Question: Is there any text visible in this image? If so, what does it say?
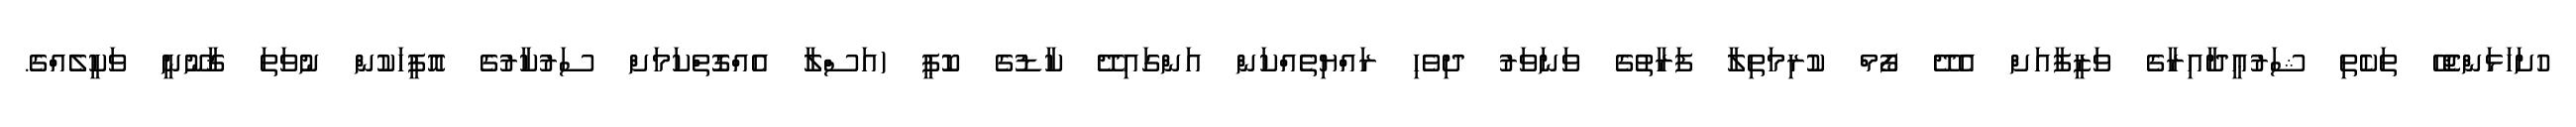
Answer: ހުށަހަޅަންޖެހޭ ތަކެތި ޝަރުޢީދާއިރާގެ ވަޒީފާއަށް އެދޭ ފޯމް ކުރިމަތިލާ ފަރާތުގެ ވަނަވަރު ދިވެހި ރައްޔިތެއްކަން އަންގައިދޭ ކާޑުގެ ކޮޕީ (އަސްލާ އެއްގޮތްކަމަށް ސަރުކާރުގެ އޮފީހަކުން ނުވަތަ ޤާނޫނީ ވަކީލެއްގެ.